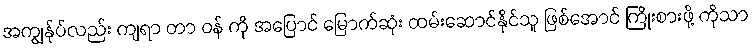
အကျွန်ုပ်လည်း ကျရာ တာ ဝန် ကို အပြောင် မြောက်ဆုံး ထမ်းဆောင်နိုင်သူ ဖြစ်အောင် ကြိုးစားဖို့ ကိုသာ